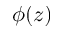
\phi ( z )